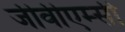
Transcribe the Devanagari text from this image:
जीवीएम्सी